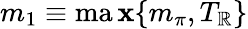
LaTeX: m_{1}\equiv\operatorname*{ma\mathbf{x}}\{ m_{\pi},T_{\mathbb{R}}\}